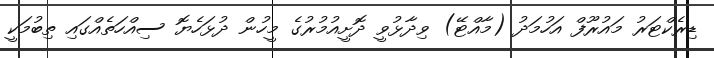
ޑިރެކްޓަރު މައުރޫފް އަހުމަދު (މާއްޓޭ) ވިދާޅުވީ ދޮށީއުމުރުގެ މީހުން ދުޅަހެޔޮ ސިއްހަތެއްގައި ތިބުމަކީ